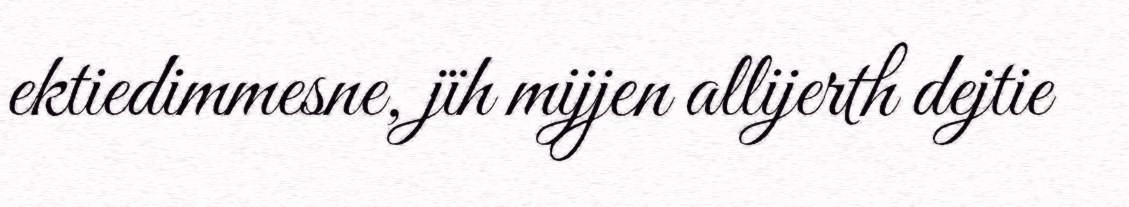
ektiedimmesne, jïh mijjen allijerth dejtie